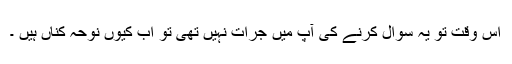
اس وقت تو یہ سوال کرنے کی آپ میں جرات نہیں تھی تو اب کیوں نوحہ کناں ہیں ۔